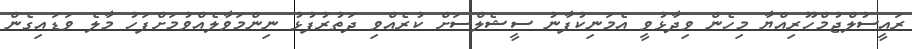
ރައީސުލްޖުމްހޫރިއްޔާ މިހެން ވިދާޅުވީ އެމަނިކުފާނު ސީޝެލްސަށް ކުރެއްވި ދަތުރުފުޅު ނިންމަވާލެއްވުމަށްފަހު މާލެ ވަޑައިގެން